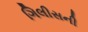
ગિલીસની